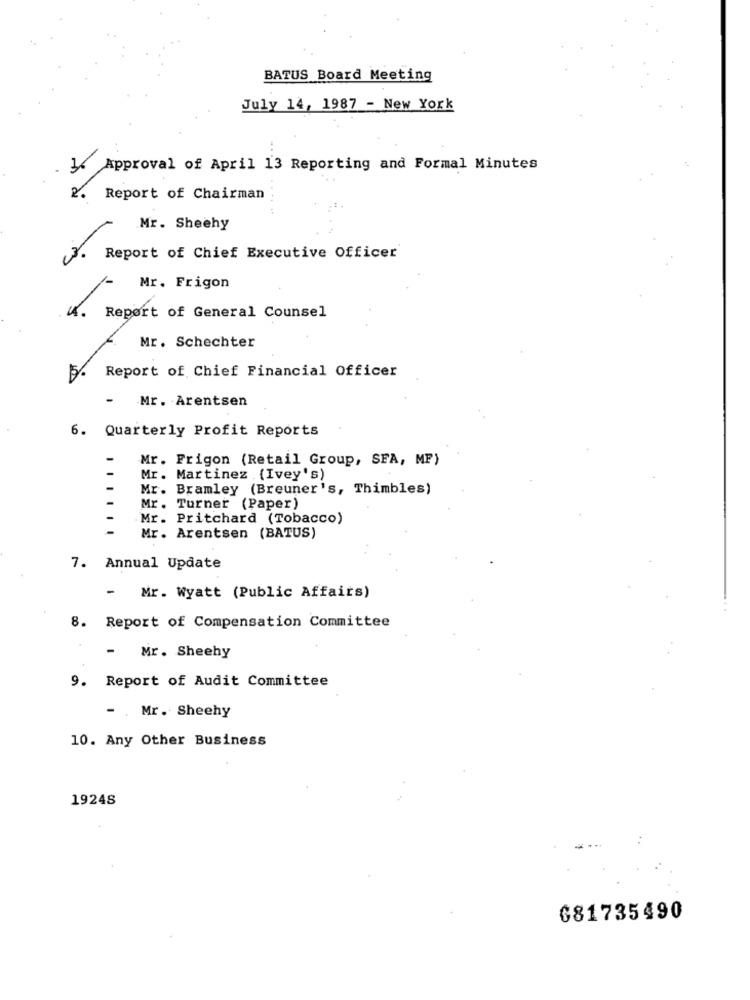
BATUS Board Meeting
July 14, 1987 - New York
Approval of April 13 Reporting and Formal Minutes
2.
Report of Chairman
Mr. Sheehy
Report of Chief Executive Officer
Mr. Frigon
Report of General Counsel
Mr. Schechter
Report of Chief Financial Officer
15%
-
Mr. Arentsen
6. Quarterly Profit Reports
Mr. Frigon (Retail Group, SFA, MP)
Mr. Martinez (Ivey's)
-
Mr. Bramley (Breuner's, Thimbles)
Mr. Turner (Paper)
Mr. Pritchard (Tobacco)
-
Mr. Arentsen (BATUS)
7. Annual Update
-
Mr. Wyatt (Public Affairs)
8. Report of Compensation Committee
- Mr. Sheehy
9. Report of Audit Committee
- . Mr. Sheehy
10. Any Other Business
1924S
681735490